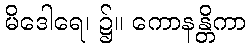
မိဒေါရေ၊ ၌။ ကောနန္တိကာ